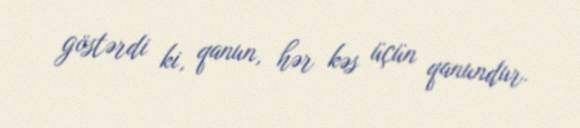
göstərdi ki, qanun, hər kəs üçün qanundur.